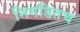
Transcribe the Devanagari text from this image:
निगडितच